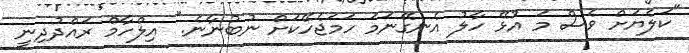
"ކަލެޔަށް ވެސް މަ އުޅޭ ހާލު އެނގޭނަމަ ހަމަޖެހޭކަށް ނުބުނާނެ." އިލްހާމް ރައްދުދިނީ